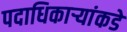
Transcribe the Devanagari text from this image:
पदाधिकार्‍यांकडे